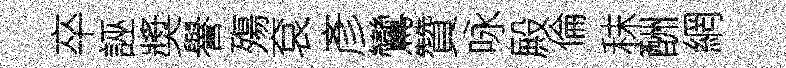
卒誣奬譽殤袞彥鸞贊咏殿倫秣酬網